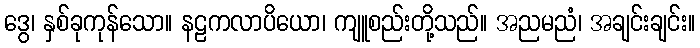
ဒွေ၊ နှစ်ခုကုန်သော။ နဠကလာပိယော၊ ကျူစည်းတို့သည်။ အညမညံ၊ အချင်းချင်း။